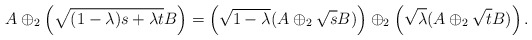
\begin{align*}A\oplus_2\left(\sqrt{(1-\lambda) s+\lambda t}B\right)=\left(\sqrt{1-\lambda}(A\oplus_2\sqrt{s}B)\right)\oplus_2\left(\sqrt{\lambda}(A\oplus_2\sqrt{t}B)\right).\end{align*}